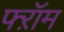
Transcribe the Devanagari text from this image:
फ्ऱॉम